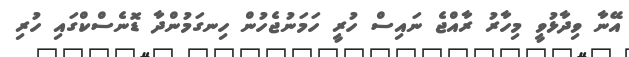
އޭނާ ވިދާޅުވީ މިހާރު ރާއްޖެ ނައިސް ހުރީ ހަމަނުޖެހުން ހިނގަމުންދާ ޑޮނެސްކްގައި ހުރި